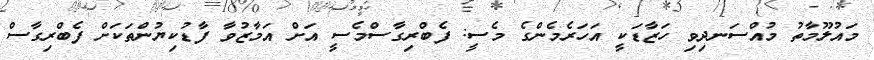
މައުލޫމާތު މުއްސަނދިވި ހަޒާޑަކީ އަހަރެމެންގެ މެސީ: ފެބްރިގާސްމެސީ އަށް އަމާޒުވާ ފާޑުކިޔުންތަކަށް ފެބްރިގާސް